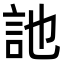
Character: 訑